Scientific memoirs by medical officers of the Army of India - Part X,
Year: 1897
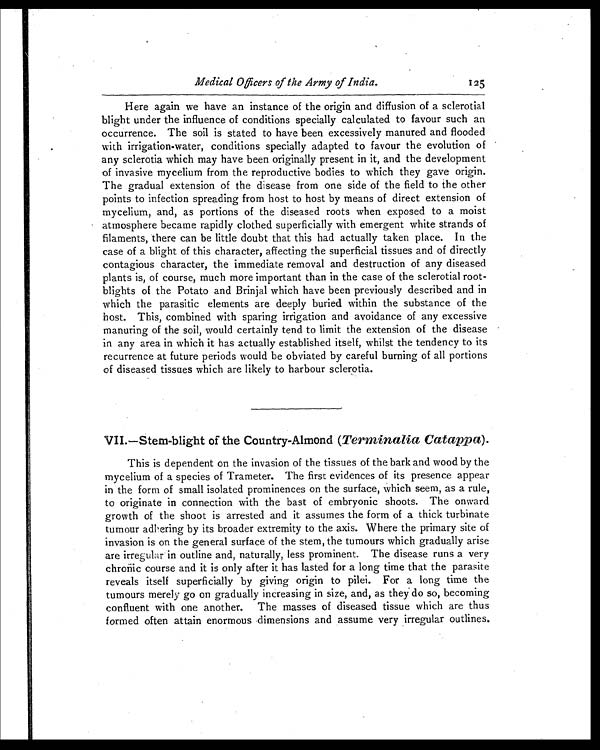
Medical Officers of the Army of India.
125
Here again we have an instance of the origin and diffusion of a sclerotial
blight under the influence of conditions specially calculated to favour such an
occurrence. The soil is stated to have been excessively manured and flooded
with irrigation-water, conditions specially adapted to favour the evolution of
any sclerotia which may have been originally present in it, and the development
of invasive mycelium from the reproductive bodies to which they gave origin.
The gradual extension of the disease from one side of the field to the other
points to infection spreading from host to host by means of direct extension of
mycelium, and, as portions of the diseased roots when exposed to a moist
atmosphere became rapidly clothed superficially with emergent white strands of
filaments, there can be little doubt that this had actually taken place. In the
case of a blight of this character, affecting the superficial tissues and of directly
contagious character, the immediate removal and destruction of any diseased
plants is, of course, much more important than in the case of the sclerotial root-
blights of the Potato and Brinjal which have been previously described and in
which the parasitic elements are deeply buried within the substance of the
host. This, combined with sparing irrigation and avoidance of any excessive
manuring of the soil, would certainly tend to limit the extension of the disease
in any area in which it has actually established itself, whilst the tendency to its
recurrence at future periods would be obviated by careful burning of all portions
of diseased tissues which are likely to harbour sclerotia.
VII.—Stem-blight of the Country-Almond ( Terminalia Catappa ).
This is dependent on the invasion of the tissues of the bark and wood by the
mycelium of a species of Trameter. The first evidences of its presence appear
in the form of small isolated prominences on the surface, which seem, as a rule,
to originate in connection with the bast of embryonic shoots. The onward
growth of the shoot is arrested and it assumes the form of a thick turbinate
tumour adhering by its broader extremity to the axis. Where the primary site of
invasion is on the general surface of the stem, the tumours which gradually arise
are irregular in outline and, naturally, less prominent. The disease runs a very
chronic course and it is only after it has lasted for a long time that the parasite
reveals itself superficially by giving origin to pilei. For a long time the
tumours merely go on gradually increasing in size, and, as they do so, becoming
confluent with one another. The masses of diseased tissue which are thus
formed often attain enormous dimensions and assume very irregular outlines.